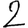
Digit: 2